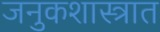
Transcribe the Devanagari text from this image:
जनुकशास्त्रात